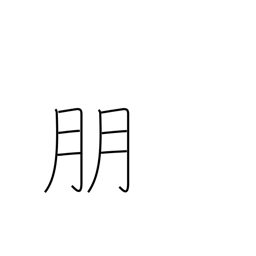
Meaning: companion